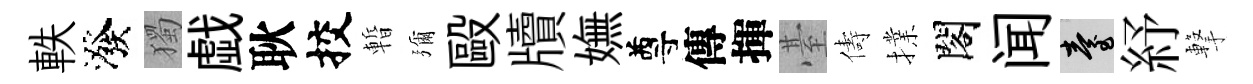
軼潑獨戯耿挍暫彌毆牘嫵尊傳揮䑓儔擈閣闻臺紓撃